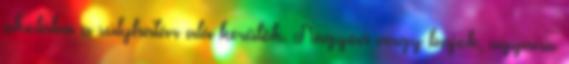
iskolába a súlyhatár alá kerülök. Nagyon nagy bajok, ugyanis